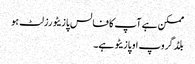
ممکن ہے آپ کا فالس پازیٹو رزلٹ ہو
بلڈ گروپ او پازیٹو ہے۔